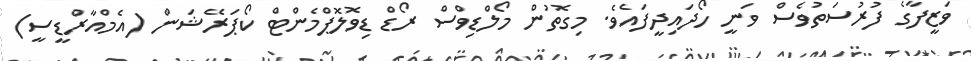
ވަޒީފާގެ ފުރުސަތުވެސް ވަނީ ހޯދައިދީފައެވެ. މިގޮތުން މޯލްޑިވްސް ރޯޑް ޑިވޮލޮޕްމެންޓް ކޯޕަރޭޝަން (އެމްއާރްޑީސީ)